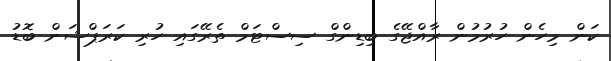
ކަން މިހެން ހުރުމުން ރާއްޖޭގެ ބިޑިންގް ސިސްޓަމް ތެރޭގައި ހުރި ކަރަޕްޝަން ބޮޑު